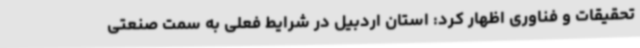
تحقیقات و فناوری اظهار کرد: استان اردبیل در شرایط فعلی به سمت صنعتی